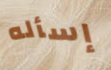
إسأله